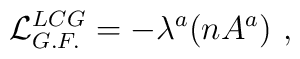
{\cal L}_{G.F.}^{LCG}= -\lambda^a (nA^a) \ ,